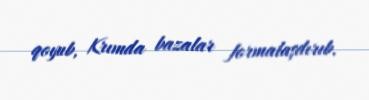
qoyub, Krımda bazalar formalaşdırıb.